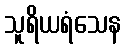
သူရိယရံသေန